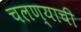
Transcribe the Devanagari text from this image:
चलण्याची